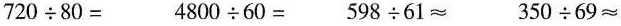
$$7 2 0 \div 8 0 =$$ $$4 8 0 0 \div 6 0 =$$ $$5 9 8 \div 6 1 ≈$$ $$3 5 0 \div 6 9 ≈$$